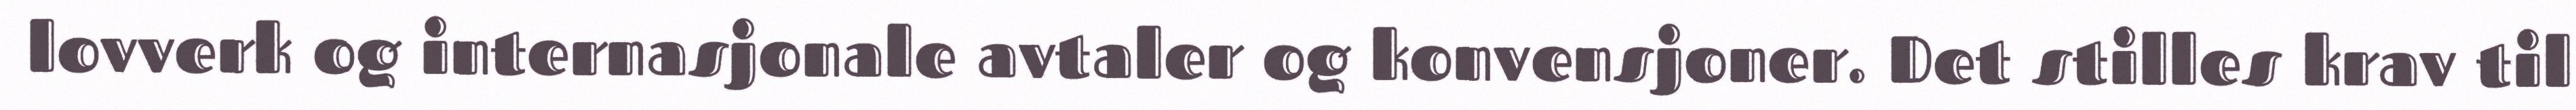
lovverk og internasjonale avtaler og konvensjoner. Det stilles krav til